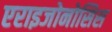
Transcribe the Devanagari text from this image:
एराइजोनोसिस